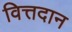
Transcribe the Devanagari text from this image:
वित्तदान